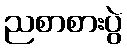
ညစာစားပွဲ